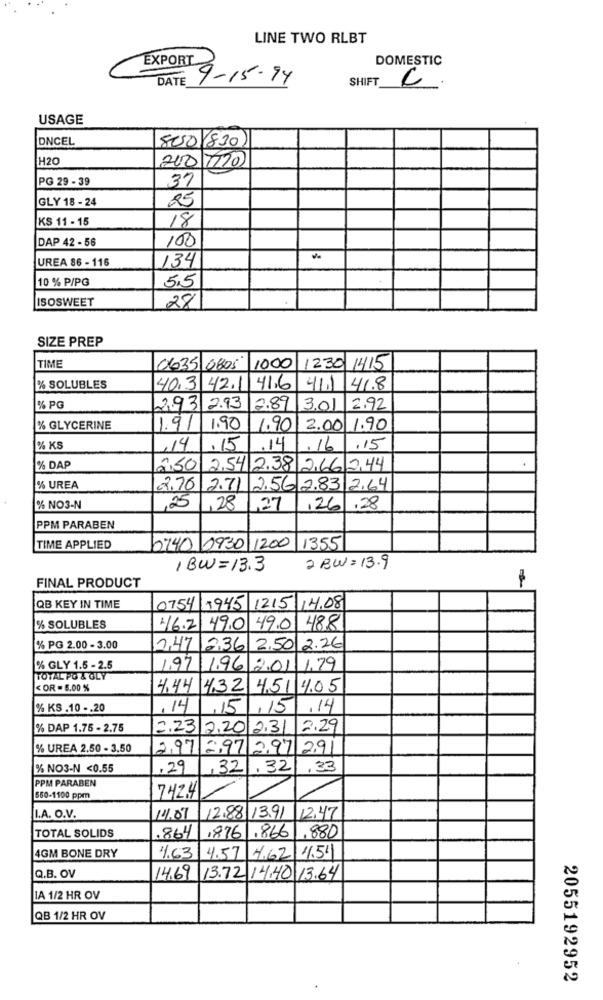
LINE TWO RLBT
DOMESTIC
EXPORT
DATE
9-15-94
SHIFT
USAGE
DNCEL
8250(830)
H20
200 7120
PG 29 - 39
37
GLY 18 - 24
25
KS 11 - 15
18
DAP 42 - 56
100
134
UREA 86 - 116
10 % P/PG
55
ISOSWEET
28
SIZE PREP
TIME
0635 0805
1000
1230 1415
% SOLUBLES
40,3 42.11
41.6
41.1
41.8
% PG
293 2.93
2.89 3.01 2.92
% GLYCERINE
1.9/
1.90
1.90 2.00 1.90
% KS
,14
.15
.14
16
.15
% DAP
2,50 2.54 2.38 2,66 244
% UREA
2.76 2.71 2.56 2.83 2.64
% NO3-N
,25
,28
,27
,26
,28
PPM PARABEN
TIME APPLIED
0740 0930 1200
1355
1 BW=13.3
2 BW= 13.9
FINAL PRODUCT
QB KEY IN TIME
0754 1945 1215 14.08
% SOLUBLES
46.2
49.0
49.0 488
% PG 2.00 - 3.00
1,47 2,36 2.50 2.26
% GLY 1.5 - 2.5
197 196 2.01 1,79
TOTAL PO & GLY
< OR - 5.00 %
4,44 432
4,51 4.05
% KS .10 -. 20
,14
,15
,15
.14
% DAP 1.75 - 2.75
2.23
2.201231
2.29
% UREA 2.50 - 3.50
2,97 =. 97 2.97 291
% NO3-N <0.55
,29
32
,32
.33
PPM PARABEN
742.4
560-1100 ppm
LA. O.V.
14.07
12.88 13.91
12:47
TOTAL SOLIDS
.880
.864
,876
.866
4GM BONE DRY
4.63
4.57
4.62 1.51
Q.B. OV
14,69 13.72 14.40 13.64
LA 1/2 HR OV
QB 1/2 HR OV
2055192952